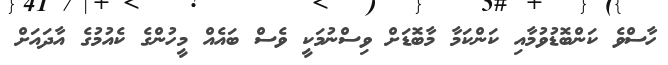
ހާސްވެ ކަންބޮޑުވުމާއި ކަންކަމާ މާބޮޑަށް ވިސްނުމަކީ ވެސް ބައެއް މީހުންގެ ކެއުމުގެ އާދައަށް